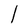
Character: l